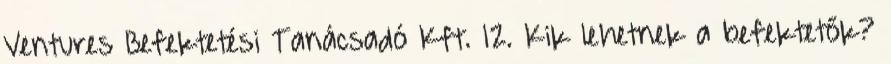
Ventures Befektetési Tanácsadó Kft. 12. Kik lehetnek a befektetők?